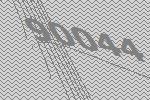
90044